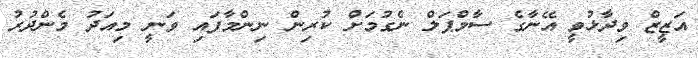
އަޒީޒް ވިދާޅުވީ އޭނާގެ ސާމްޕަލް ނެގުމަށް ކުރިން ނިންމާފައި ވަނީ މިއަދު މެންދުރު